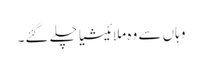
وہاں سے وہ ملائیشیا چلے گئے۔